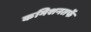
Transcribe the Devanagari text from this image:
कमिशनतर्फे